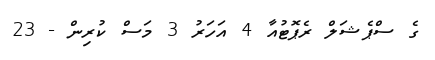
ގެ ސްޕެޝަލް ރެޕޮޓުއާ 4 އަހަރު 3 މަސް ކުރިން - 23